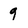
Character: q